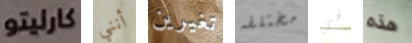
كارليتو أنني تغيرين مختلفه فى هذه